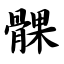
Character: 髁